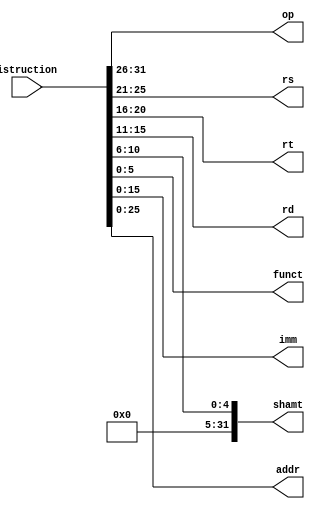
module Decoder(istruction, op, rs, rt, rd, shamt, funct, imm, addr);
input [31:0] istruction;
output [5:0] op;
output [4:0] rs;
output [4:0] rt;
output [4:0] rd;
output [31:0] shamt; //0
output [5:0] funct;
output [15:0] imm;
output [25:0] addr;


assign op = istruction[31:26];
assign rs = istruction[25:21];
assign rt = istruction[20:16];
assign rd = istruction[15:11];
assign shamt = {27'b0,istruction[10:6]}; 
assign funct = istruction[5:0];
assign imm = istruction[15:0];
assign addr = istruction[25:0];

endmodule